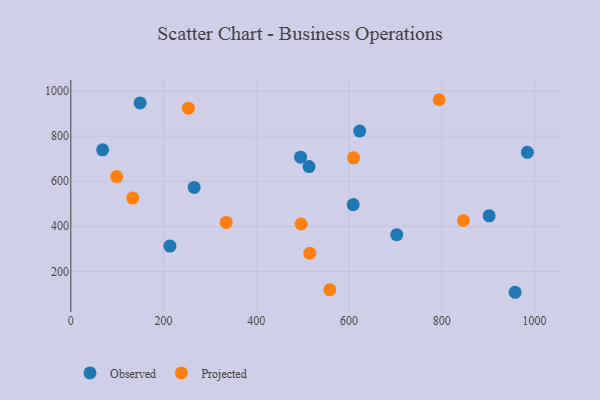
{"axis": {"x": "Speed", "y": "Sales"}, "legend": ["Observed", "Projected"], "data": [{"x": "609.0", "y": 496.5, "type": "Observed"}, {"x": "513.7", "y": 665.1, "type": "Observed"}, {"x": "958.0", "y": 107.2, "type": "Observed"}, {"x": "495.4", "y": 706.8, "type": "Observed"}, {"x": "702.9", "y": 362.7, "type": "Observed"}, {"x": "984.5", "y": 728.2, "type": "Observed"}, {"x": "68.6", "y": 739.3, "type": "Observed"}, {"x": "149.5", "y": 947.2, "type": "Observed"}, {"x": "213.7", "y": 312.2, "type": "Observed"}, {"x": "902.0", "y": 446.3, "type": "Observed"}, {"x": "266.0", "y": 572.5, "type": "Observed"}, {"x": "623.0", "y": 822.4, "type": "Observed"}, {"x": "558.5", "y": 118.4, "type": "Projected"}, {"x": "609.7", "y": 703.9, "type": "Projected"}, {"x": "846.6", "y": 425.7, "type": "Projected"}, {"x": "133.5", "y": 525.1, "type": "Projected"}, {"x": "496.6", "y": 410.1, "type": "Projected"}, {"x": "794.4", "y": 961.6, "type": "Projected"}, {"x": "335.0", "y": 417.0, "type": "Projected"}, {"x": "515.4", "y": 280.6, "type": "Projected"}, {"x": "253.5", "y": 924.1, "type": "Projected"}, {"x": "98.9", "y": 620.7, "type": "Projected"}]}